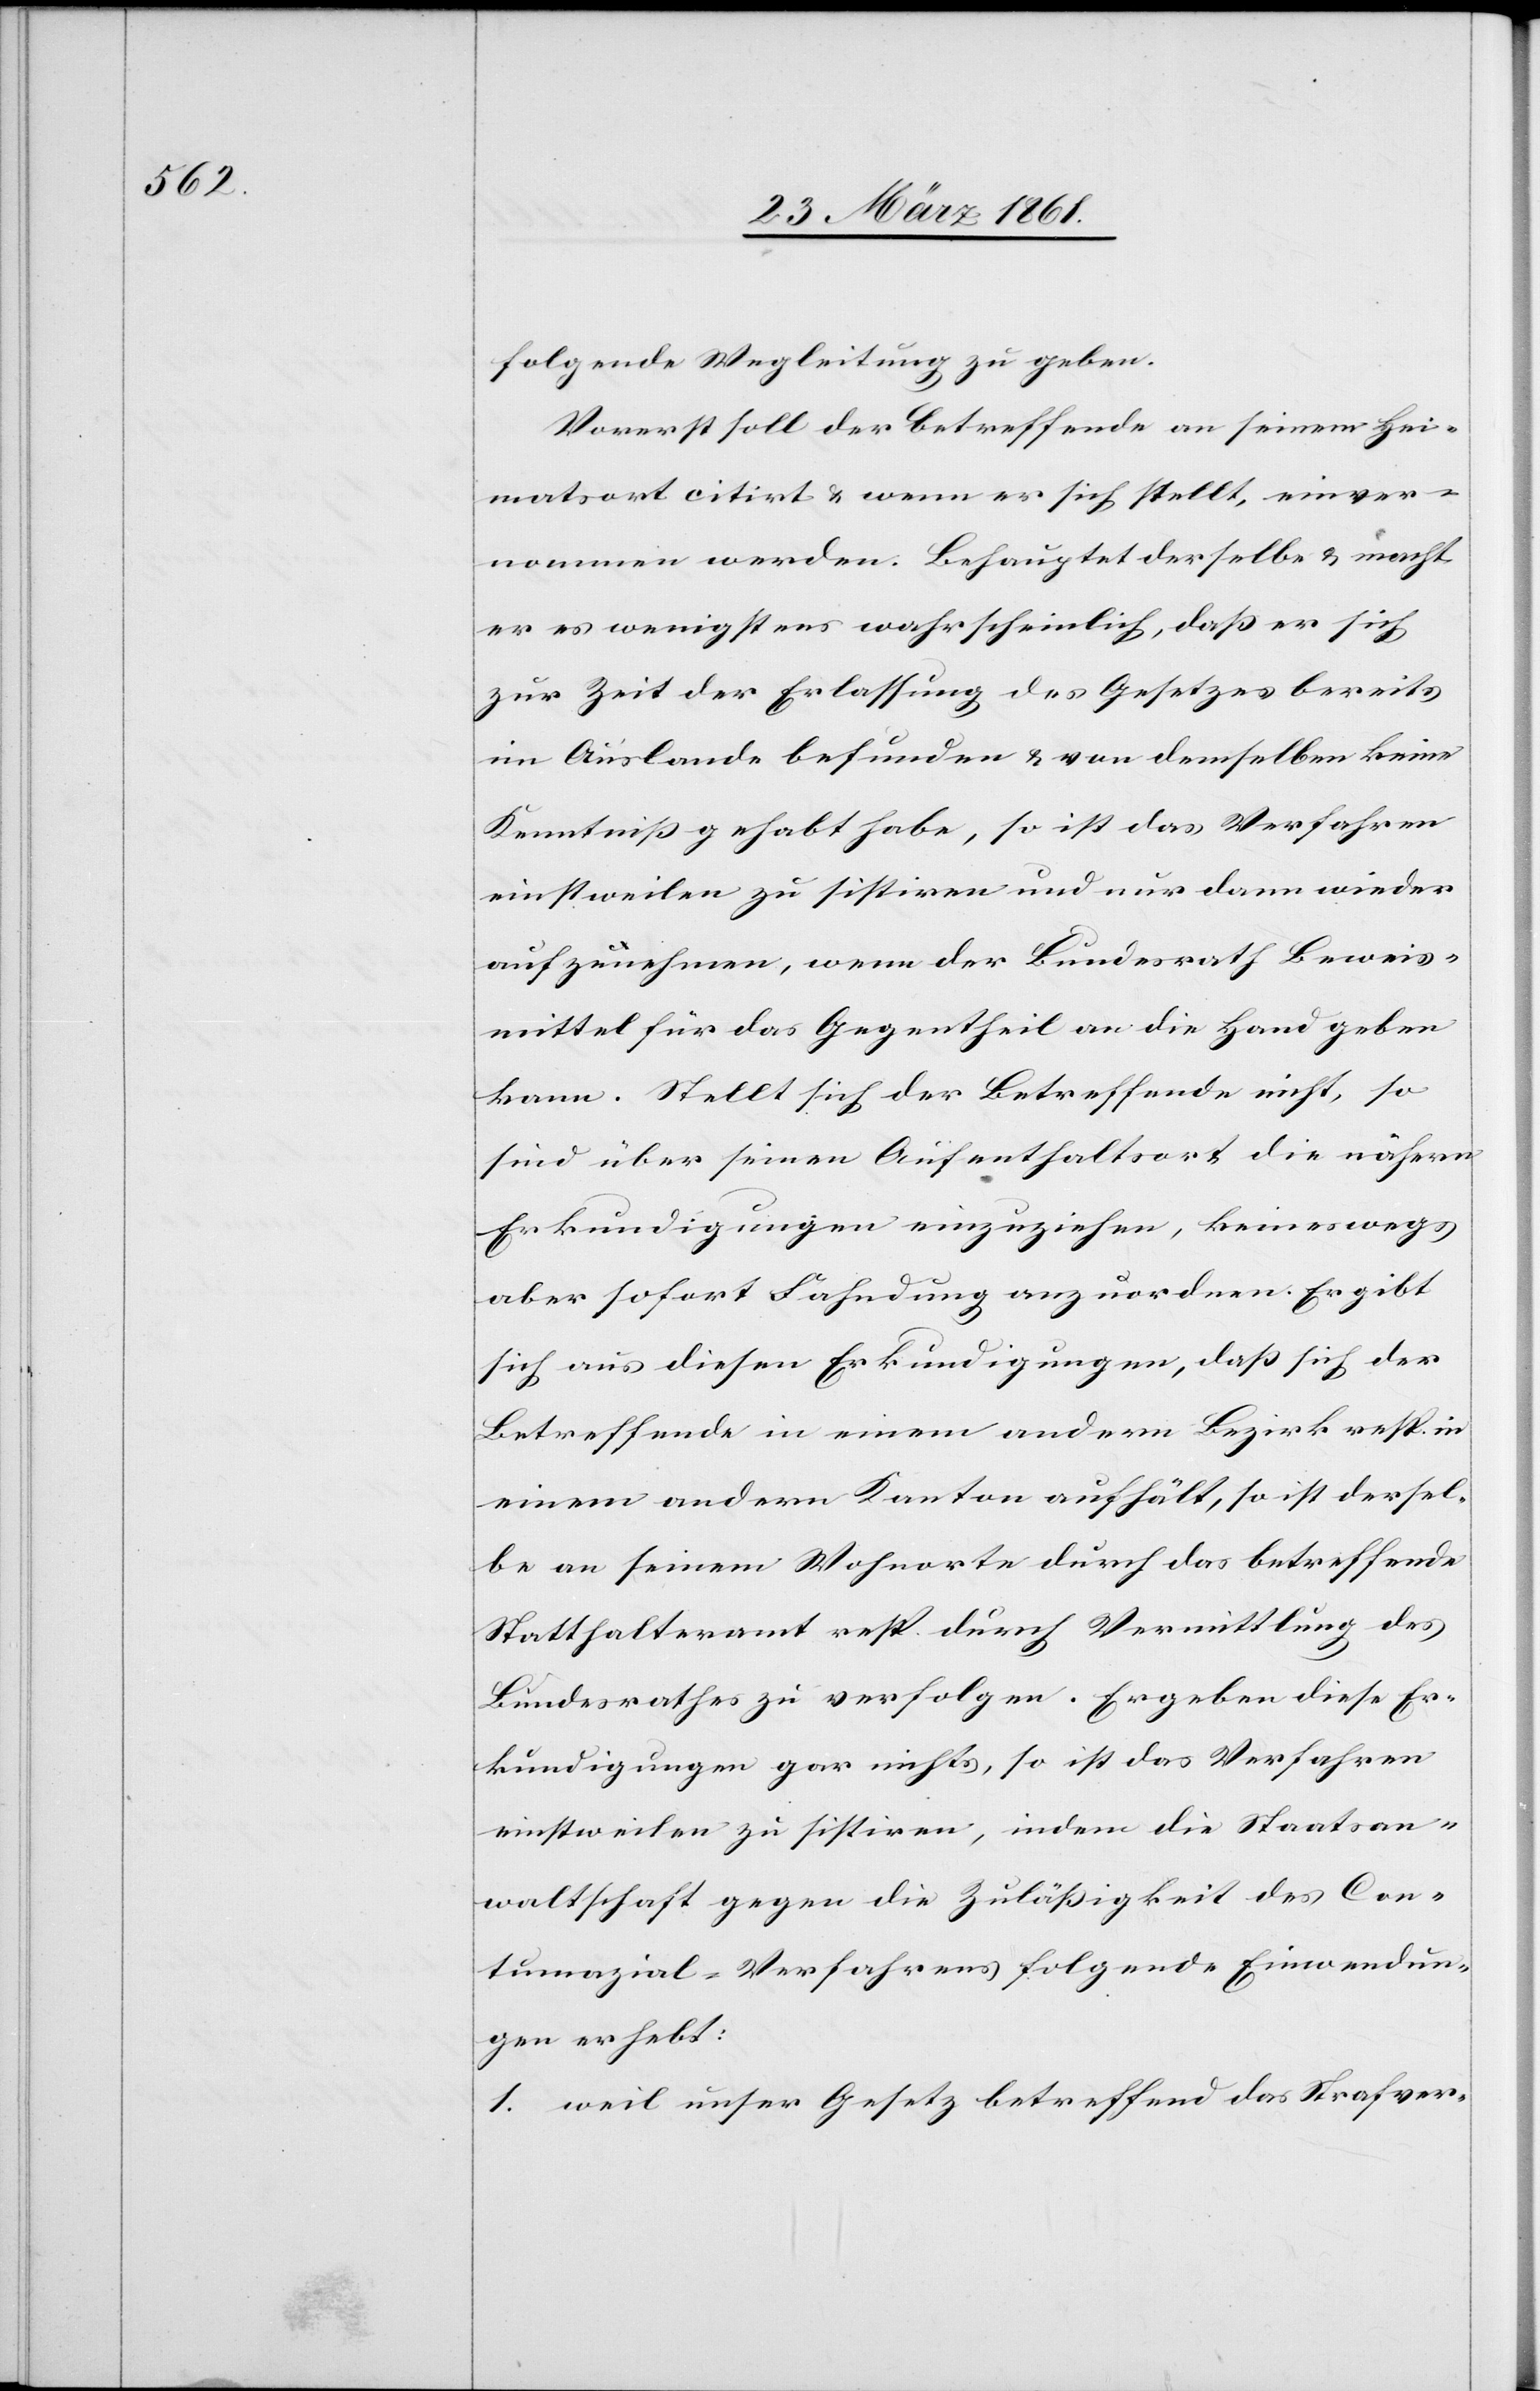
folgende Wegleitung zu geben:
Vorerst soll der Betreffende an seinem Hei¬
matsort citirt u. wenn er sich stellt, einver¬
nommen werden. Behauptet derselbe u. macht
er es wenigstens wahrscheinlich, daß er sich
zur Zeit der Erlassung des Gesetzes bereits
im Auslande befunden u. von demselben keine
Kenntniß gehabt habe, so ist das Verfahren
einstweilen zu sistiren und nur dann wieder
aufzunehmen, wenn der Bundesrath Beweis¬
mittel für das Gegentheil an die Hand geben
kann. Stellt sich der Betreffende nicht, so
sind über seinen Aufenthaltsort die nähern
Erkundigungen einzuziehen, keineswegs
aber sofort Fahndung anzuordnen. Ergibt
sich aus diesen Erkundigungen, daß sich der
Betreffende in einem andern Bezirk resp. in
einem andern Kanton aufhält, so ist dersel¬
be an seinem Wohnorte durch das betreffende
Statthalteramt resp. durch Vermittlung des
Bundesrathes zu verfolgen. Ergeben diese Er¬
kundigungen gar nichts, so ist das Verfahren
einstweilen zu sistiren, indem die Staatsan¬
waltschaft gegen die Zuläßigkeit des Con¬
tumazial-Verfahrens folgende Einwendun¬
gen erhebt:
1. weil unser Gesetz betreffend das Strafver-